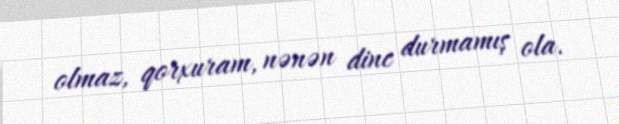
olmaz, qorxuram, nənən dinc durmamış ola.